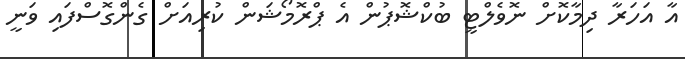
އާ އަހަރާ ދިމާކޮށް ނޮވެލްޓީ ބުކްޝޮޕުން އެ ޕްރޮމޯޝަން ކުރިއަށް ގެންގޮސްފައި ވަނީ